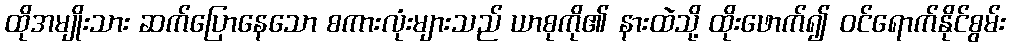
ထိုအမျိုးသား ဆက်ပြောနေသော စကားလုံးများသည် ယာစုကို၏ နားထဲသို့ ထိုးဖောက်၍ ဝင်ရောက်နိုင်စွမ်း